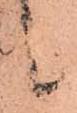
候